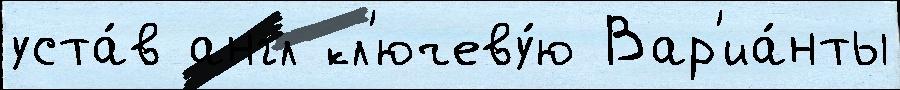
уста́в англ кл'ючеву́ю Вар'иа́нты